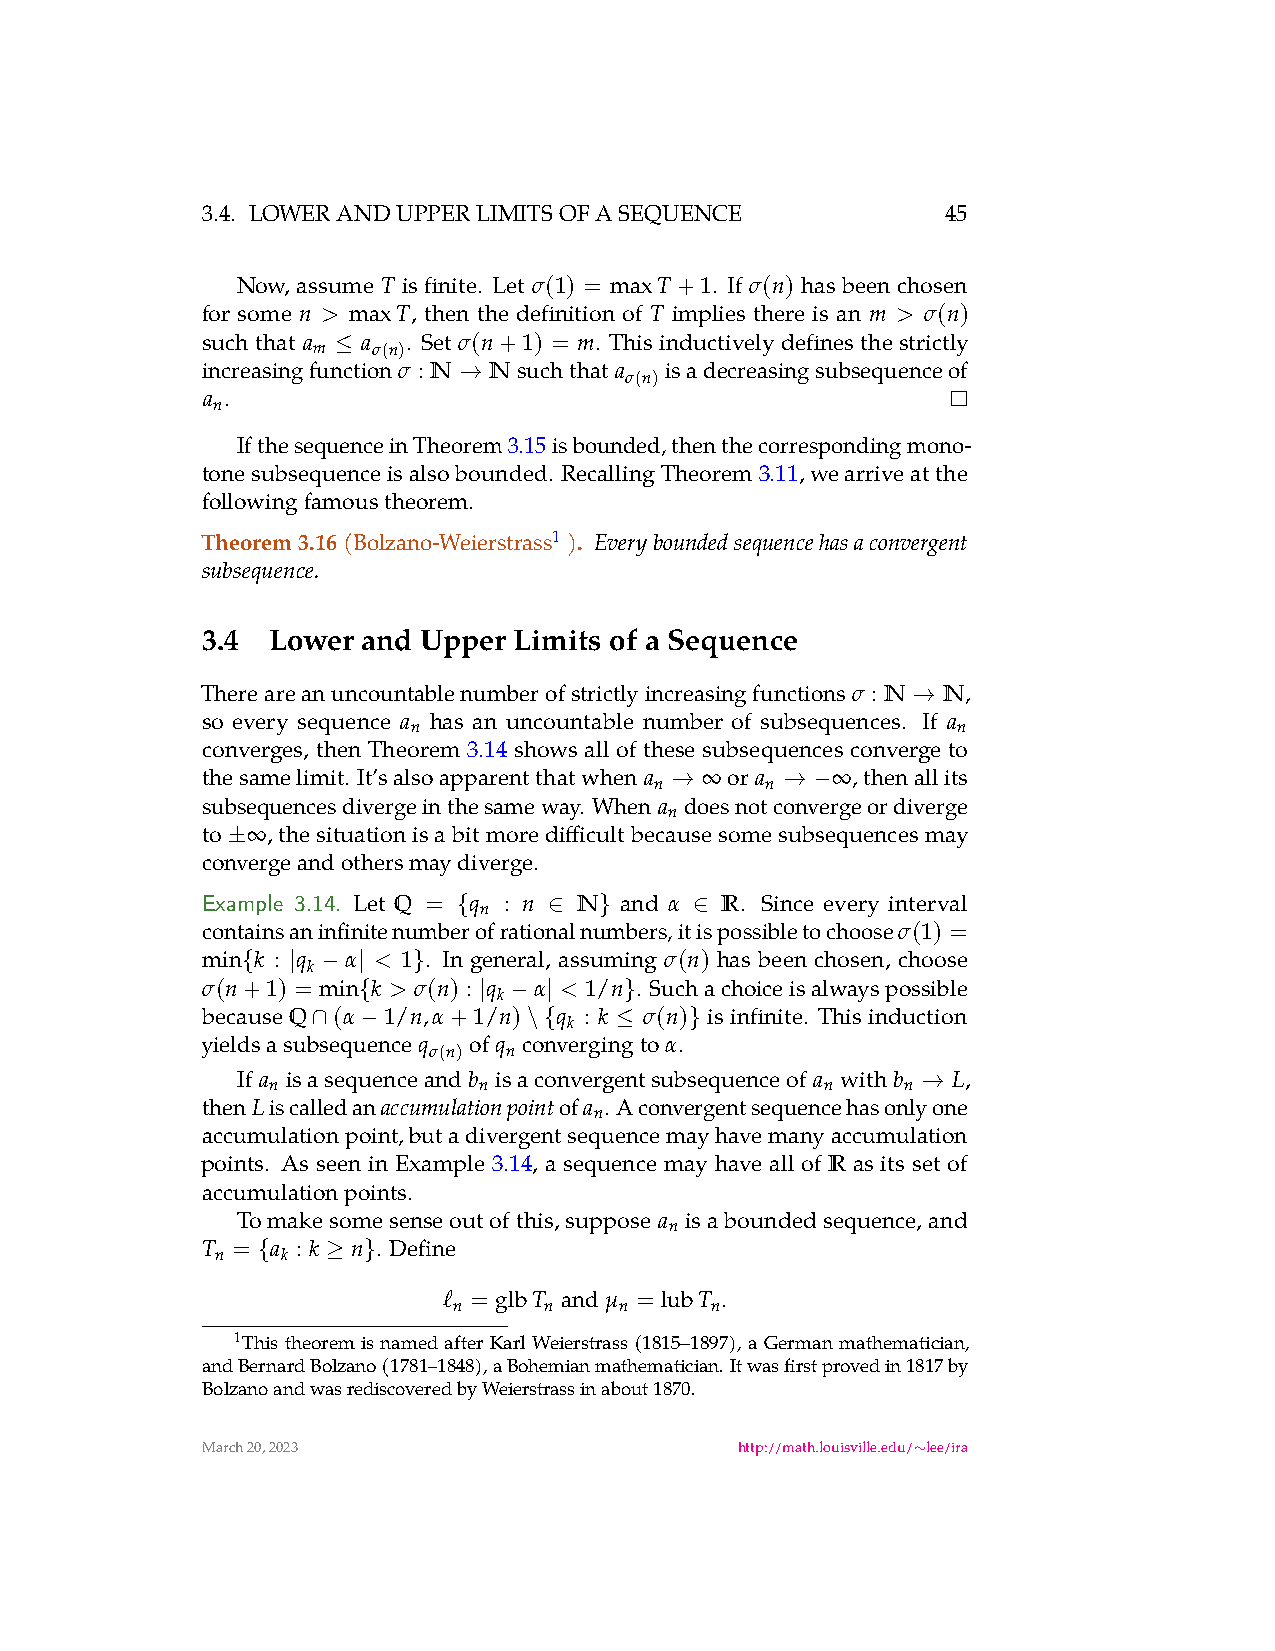
3.4. LOWERANDUPPERLIMITSOFASEQUENCE               45
 Now, assume T is finite. Let σ(1) = maxT+1. If σ(n) has beenchosen
 for some n > maxT, then the definition of T implies there is an m > σ(n)
 suchthat a a  . Set σ(n+1) = m. Thisinductivelydefinesthestrictly
 m
 ≤
 σ(n)
 increasingfunction σ : N Nsuchthat a isadecreasingsubsequenceof
 →
 σ(n)
 a .
 n
 IfthesequenceinTheorem3.15isbounded,thenthecorrespondingmono-
 tonesubsequenceisalsobounded. RecallingTheorem3.11,wearriveatthe
 followingfamoustheorem.
 Theorem3.16(Bolzano-Weierstrass1 ).
 Everyboundedsequencehasaconvergent
 subsequence.
 3.4  Lower and Upper Limits of a Sequence
 Thereareanuncountablenumberofstrictlyincreasingfunctions N N,
 σ :
 →
 so every sequence a has an uncountable number of subsequences. If a
 n                                   n
 converges, then Theorem 3.14 shows all of these subsequences converge to
 thesamelimit. It’salsoapparentthatwhen a ∞or a ∞,thenallits
 n       n
 →       → −
 subsequencesdivergeinthesameway. When a doesnotconvergeordiverge
 n
 to ∞,thesituationisabitmoredifficultbecausesomesubsequencesmay
 ±
 convergeandothersmaydiverge.
 Example 3.14. Let Q = q : n N and α R. Since every interval
 n
 {     ∈   }     ∈
 containsaninfinitenumberofrationalnumbers,itispossibletochoose σ(1) =
 min k : q α < 1 . In general, assuming σ(n) has been chosen, choose
 k
 {  | −  |  }
 σ(n+1) = min k > σ(n) : q α < 1/n . Suchachoiceisalwayspossible
 k
 {       | − |    }
 because Q (α 1/n,α+1/n) q : k σ(n) is infinite. This induction
 k
 ∩  −          \{    ≤    }
 yieldsasubsequenceq ofq convergingto α.
 σ(n)  n
 If a isasequenceandb isaconvergentsubsequenceof a withb L,
 n             n                      n    n
 →
 thenLiscalledan accumulationpointofa . Aconvergentsequencehasonlyone
 n
 accumulationpoint,butadivergentsequencemayhavemanyaccumulation
 points. As seen in Example 3.14, a sequence may have all of R as its set of
 accumulationpoints.
 Tomakesomesenseoutofthis,suppose a isaboundedsequence,and
 n
 T =  a : k n . Define
 n    k
 {    ≥ }
 ℓ = glbT and µ = lubT .
 n     n    n     n
 1ThistheoremisnamedafterKarlWeierstrass(1815–1897), aGermanmathematician,
 andBernardBolzano(1781–1848),aBohemianmathematician.Itwasfirstprovedin1817by
 BolzanoandwasrediscoveredbyWeierstrassinabout1870.
 March20,2023                        http://math.louisville.edu/ lee/ira
 ∼